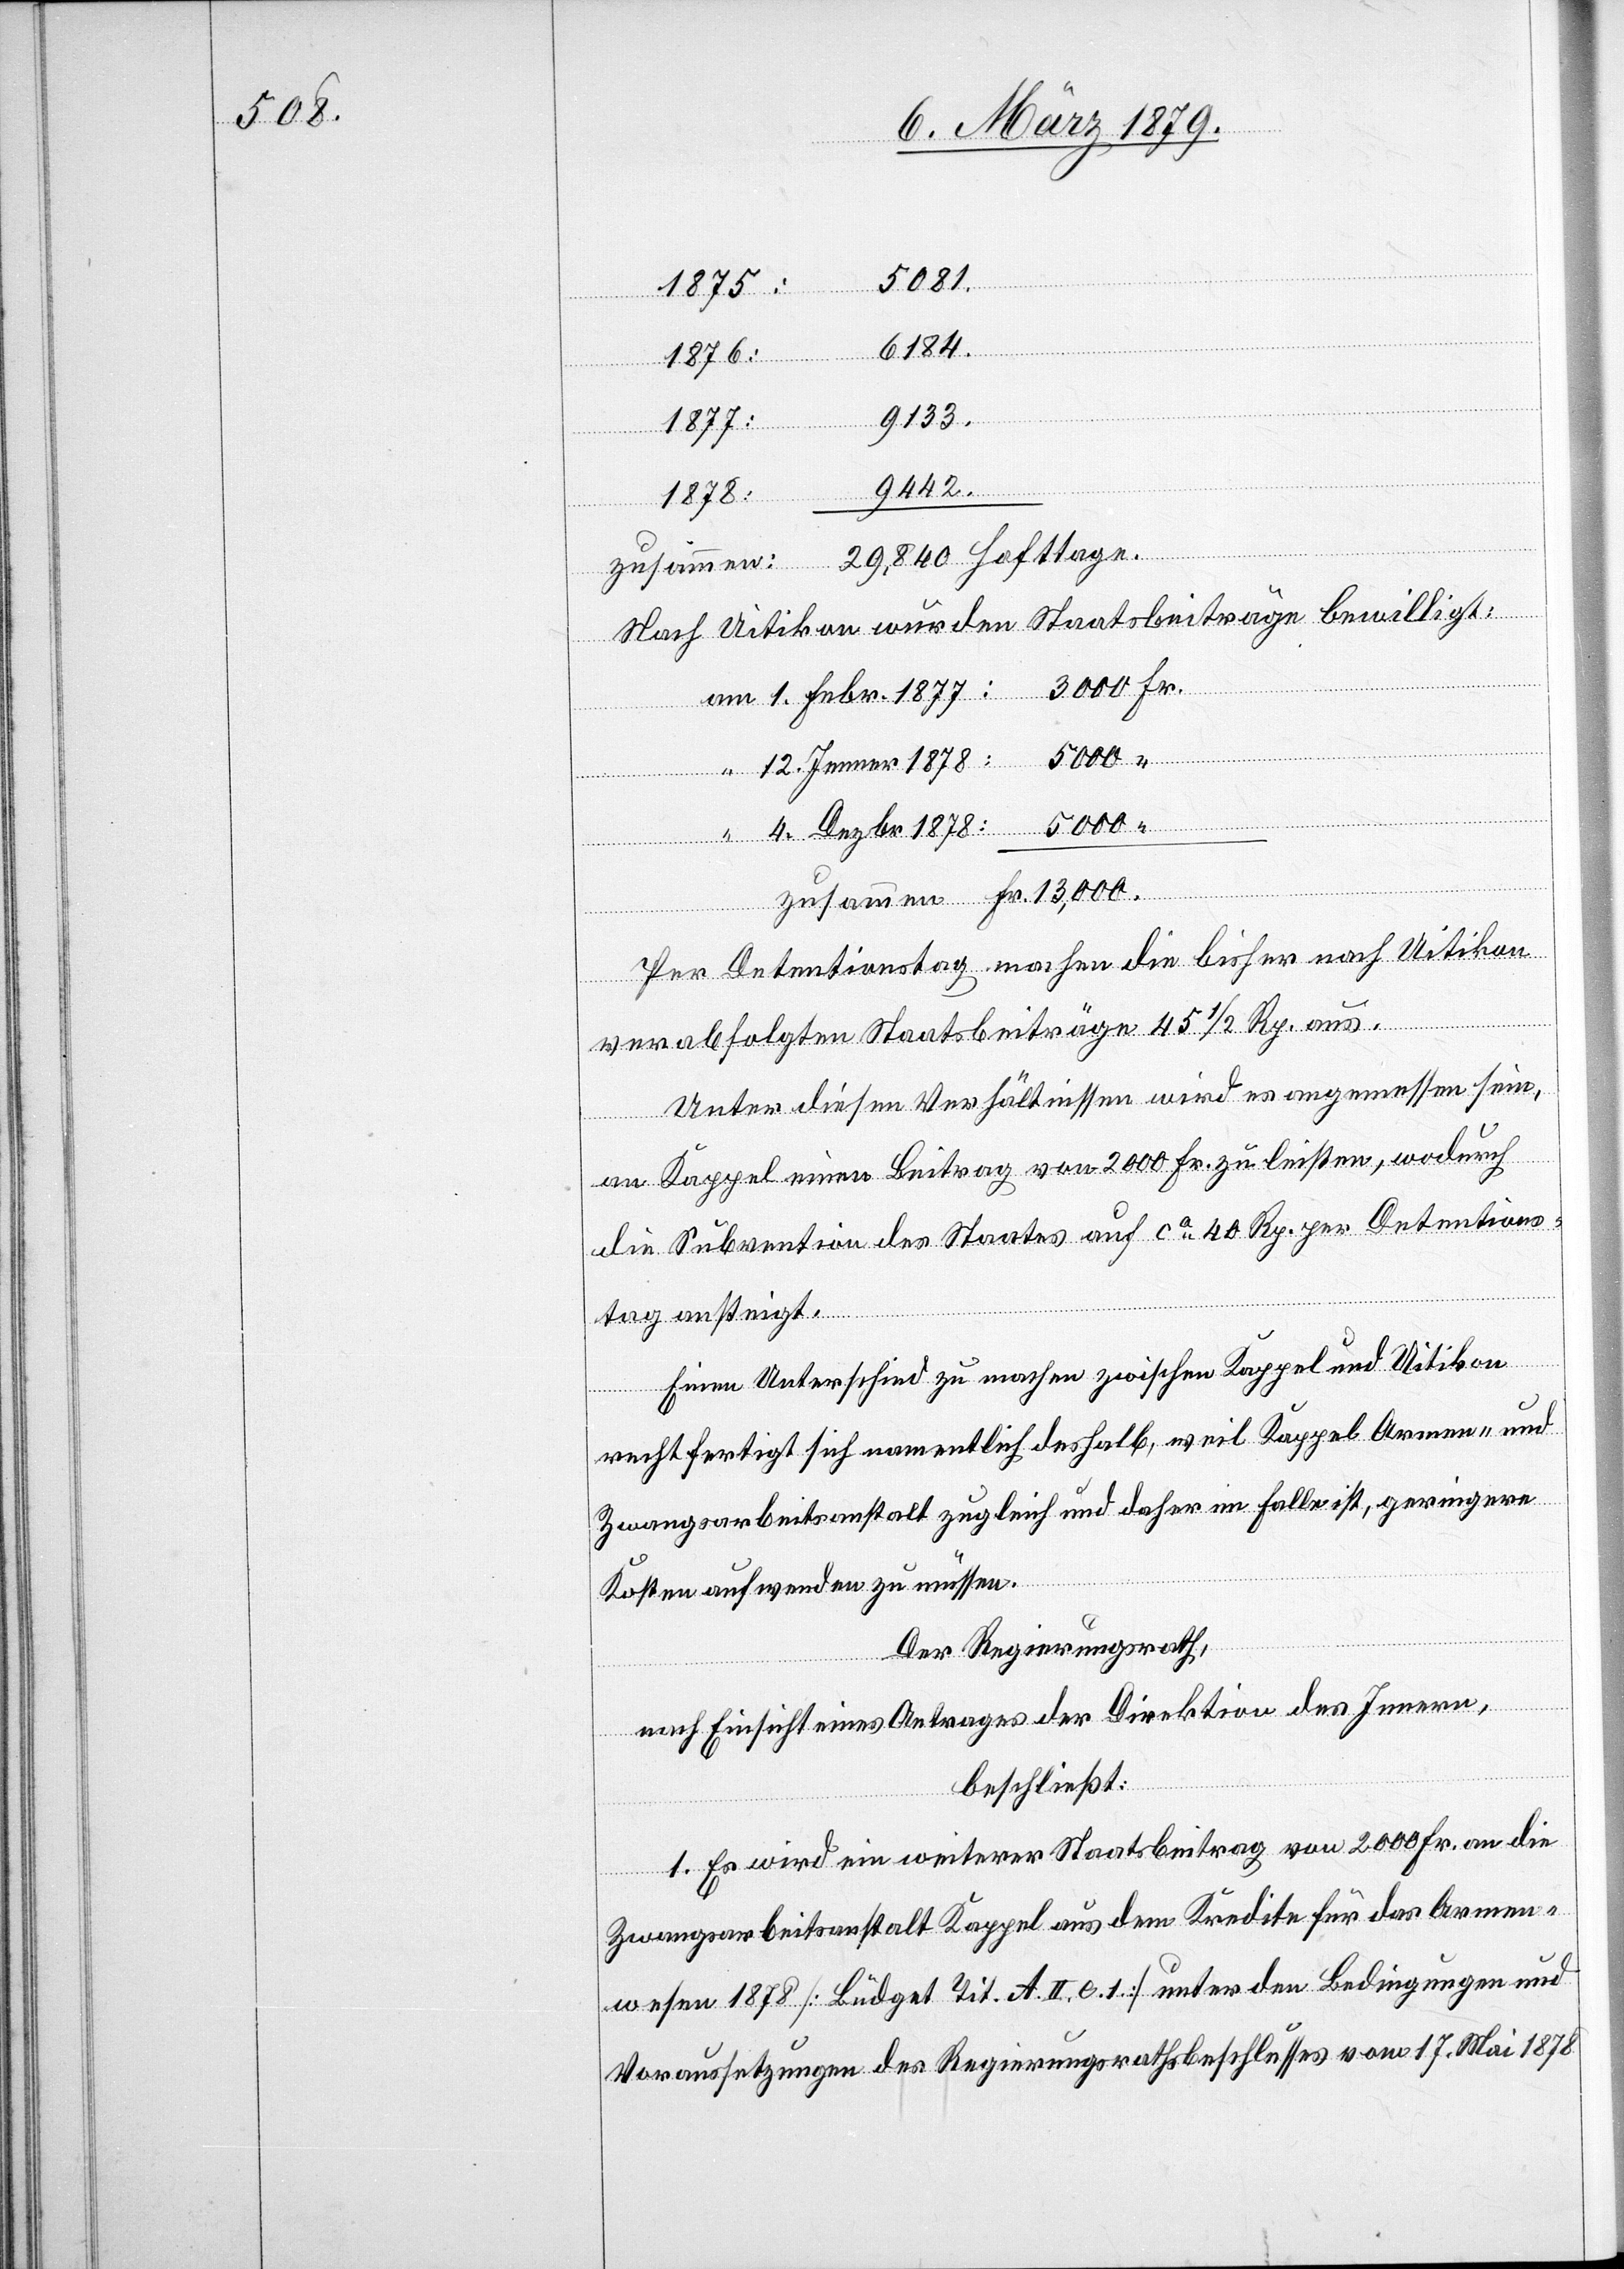
5000
1878:
“
6184.
Fr.
9442.
1878:
Nach Uitikon wurden Staatsbeiträge bewilligt:
mmen
1. Febr. 1877:
tage.
12. Jenner 1878:
Nac¬
h Detentionstag machen die bisher nach Uitikon
verabfolgten Staatsbeiträge 45 1/2 Rp. aus.
Unter diesen Verhältnissen wird es angemessen sein,
ammen:
an Kappel einen Beitrag von 2000 Fr. zu leisten, wodurch
die Subvention des Staates auf ca 40 Rp. per Detentions¬
tag ansteigt.
Einen Unterschied zu machen zwischen Kappel und Uitikon
rechtfertigt sich namentlich deshalb, weil Kappel Armen- und
Zwangsarbeitsanstalt zugleich und daher im Falle ist, geringere
Kosten aufwenden zu müssen.
Der Regierungsrath,
nach Einsicht eines Antrages der Direktion des Innern,
beschließt:
1. Es wird ein weiterer Staatsbeitrag von 2000 Fr. an die
De¬
Zwangsarbeitsanstalt Kappel aus dem Kredite für das Armen¬
wesen 1878 [Büdget Tit. A. II. c. 1.] unter den Bedingungen und
Voraussetzungen des Regierungsbeschlusses vom 17. Mai 1878